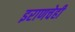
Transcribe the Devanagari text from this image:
इराणचेही